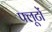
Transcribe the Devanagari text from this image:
फ्लूटों